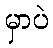
မှာပဲ